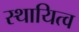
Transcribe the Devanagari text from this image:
स्थायित्‍व